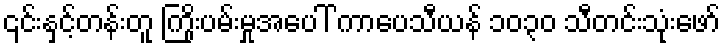
၎င်းနှင့်တန်းတူ ကြိုးပမ်းမှုအပေါ် ကာပေသီယန် ၁၀၃၀ သီတင်းသုံးဖော်